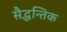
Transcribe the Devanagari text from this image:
सैद्धन्तिक